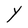
Character: Y